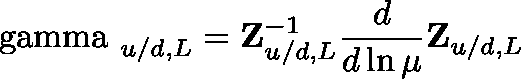
{ \bf \mathrm { \boldmath { ~ \ g a m m a ~ } } } _ { u / d , L } = { \bf Z } _ { u / d , L } ^ { - 1 } \frac { d } { d \ln \mu } { \bf Z } _ { u / d , L }